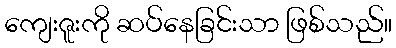
ကျေးဇူးကို ဆပ်နေခြင်းသာ ဖြစ်သည်။